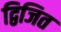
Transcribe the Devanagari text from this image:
द्विजित